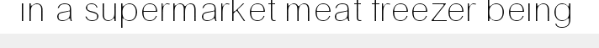
in a supermarket meat freezer being